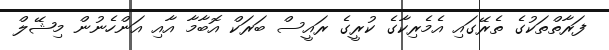
ފަރާތްތަކުގެ ތެރޭގައި އެމެރިކާގެ ކުރީގެ ރައީސް ބަރަކް އޮބާމާ އާއި އަންހެނުން މިޝޭލް